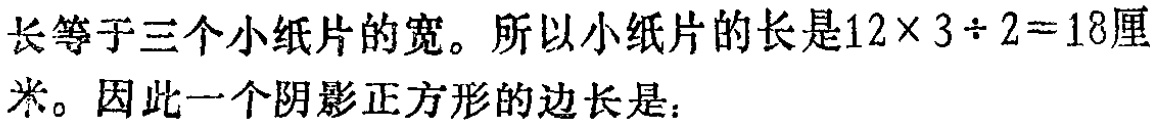
长等于三个小纸片的宽。所以小纸片的长是\(12\times 3\div 2 = 18\)厘米。因此一个阴影正方形的边长是：